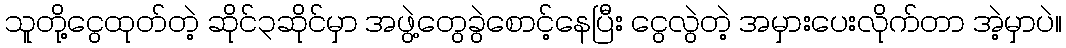
သူတို့ငွေထုတ်တဲ့ ဆိုင်၃ဆိုင်မှာ အဖွဲ့တွေခွဲစောင့်နေပြီး ငွေလွဲတဲ့ အမှားပေးလိုက်တာ အဲ့မှာပဲ။